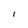
Character: l